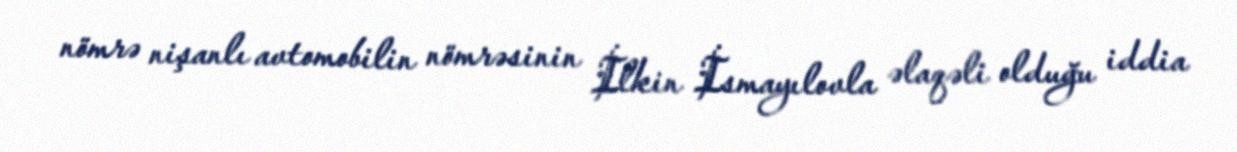
nömrə nişanlı avtomobilin nömrəsinin İlkin İsmayılovla əlaqəli olduğu iddia